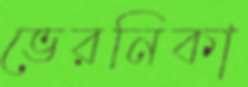
ভেরনিকা